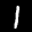
Label: 1